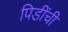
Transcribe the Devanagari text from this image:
पिडींची